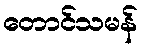
တောင်သမန်